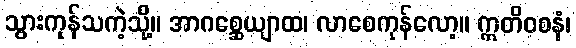
သွားကုန်သကဲ့သို့။ အာဂစ္ဆေယျာထ၊ လာစေကုန်လော့။ ဣတိဝစနံ၊